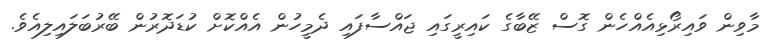
މާވިން ވައިރޯޅިއެއްހެން ގޮސް ޒޭބާގެ ކައިރީގައި ޖައްސާފައި ދެމީހުން އެއްކޮށް ކުޑަދޮރުން ބޭރުބަލައިލިއެވެ.